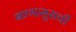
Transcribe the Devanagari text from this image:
बाणासुराची